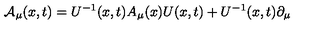
{ \cal A } _ { \mu } ( x , t ) = U ^ { - 1 } ( x , t ) A _ { \mu } ( x ) U ( x , t ) + U ^ { - 1 } ( x , t ) \partial _ { \mu }